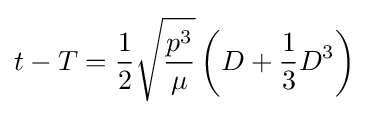
t-T={\frac {1}{2}}{\sqrt {\frac {p^{3}}{\mu }}}\left(D+{\frac {1}{3}}D^{3}\right)